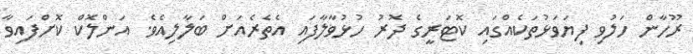
ރޫހާން ހަލުވި ފިޔަވަޅުތަކެއްގައި ކޮޓަރީގެ ދޮރު ހުޅުވާލާފައި އެތެރެއަށް ބަލާލިއެވެ. އަންލޮކް ކޮށްފައިވާ